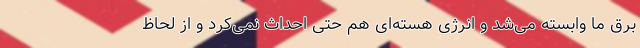
برق ما وابسته می‌شد و انرژی هسته‌ای هم حتی احداث نمی‌کرد و از لحاظ